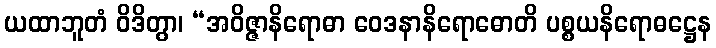
ယထာဘူတံ ဝိဒိတွာ၊ “အဝိဇ္ဇာနိရောဓာ ဝေဒနာနိရောဓောတိ ပစ္စယနိရောဓဋ္ဌေန